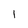
Character: l